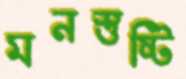
মনস্তুষ্টি